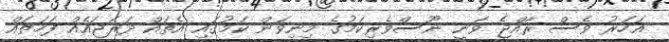
އަހަރު ވެސް ރާއްޖެ ވަނީ ނޫސްވެރިކަމުގެ މިނިވަން ކަމުގައި އެތައް ދަރަޖައެއް ފަހަތައް